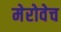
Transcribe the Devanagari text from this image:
मेरोवेच